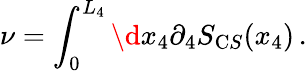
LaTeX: \nu=\int_{0}^{L_{4}}\d x_{4}\partial_{4}S_{\mathrm CS}(x_{4})\, .